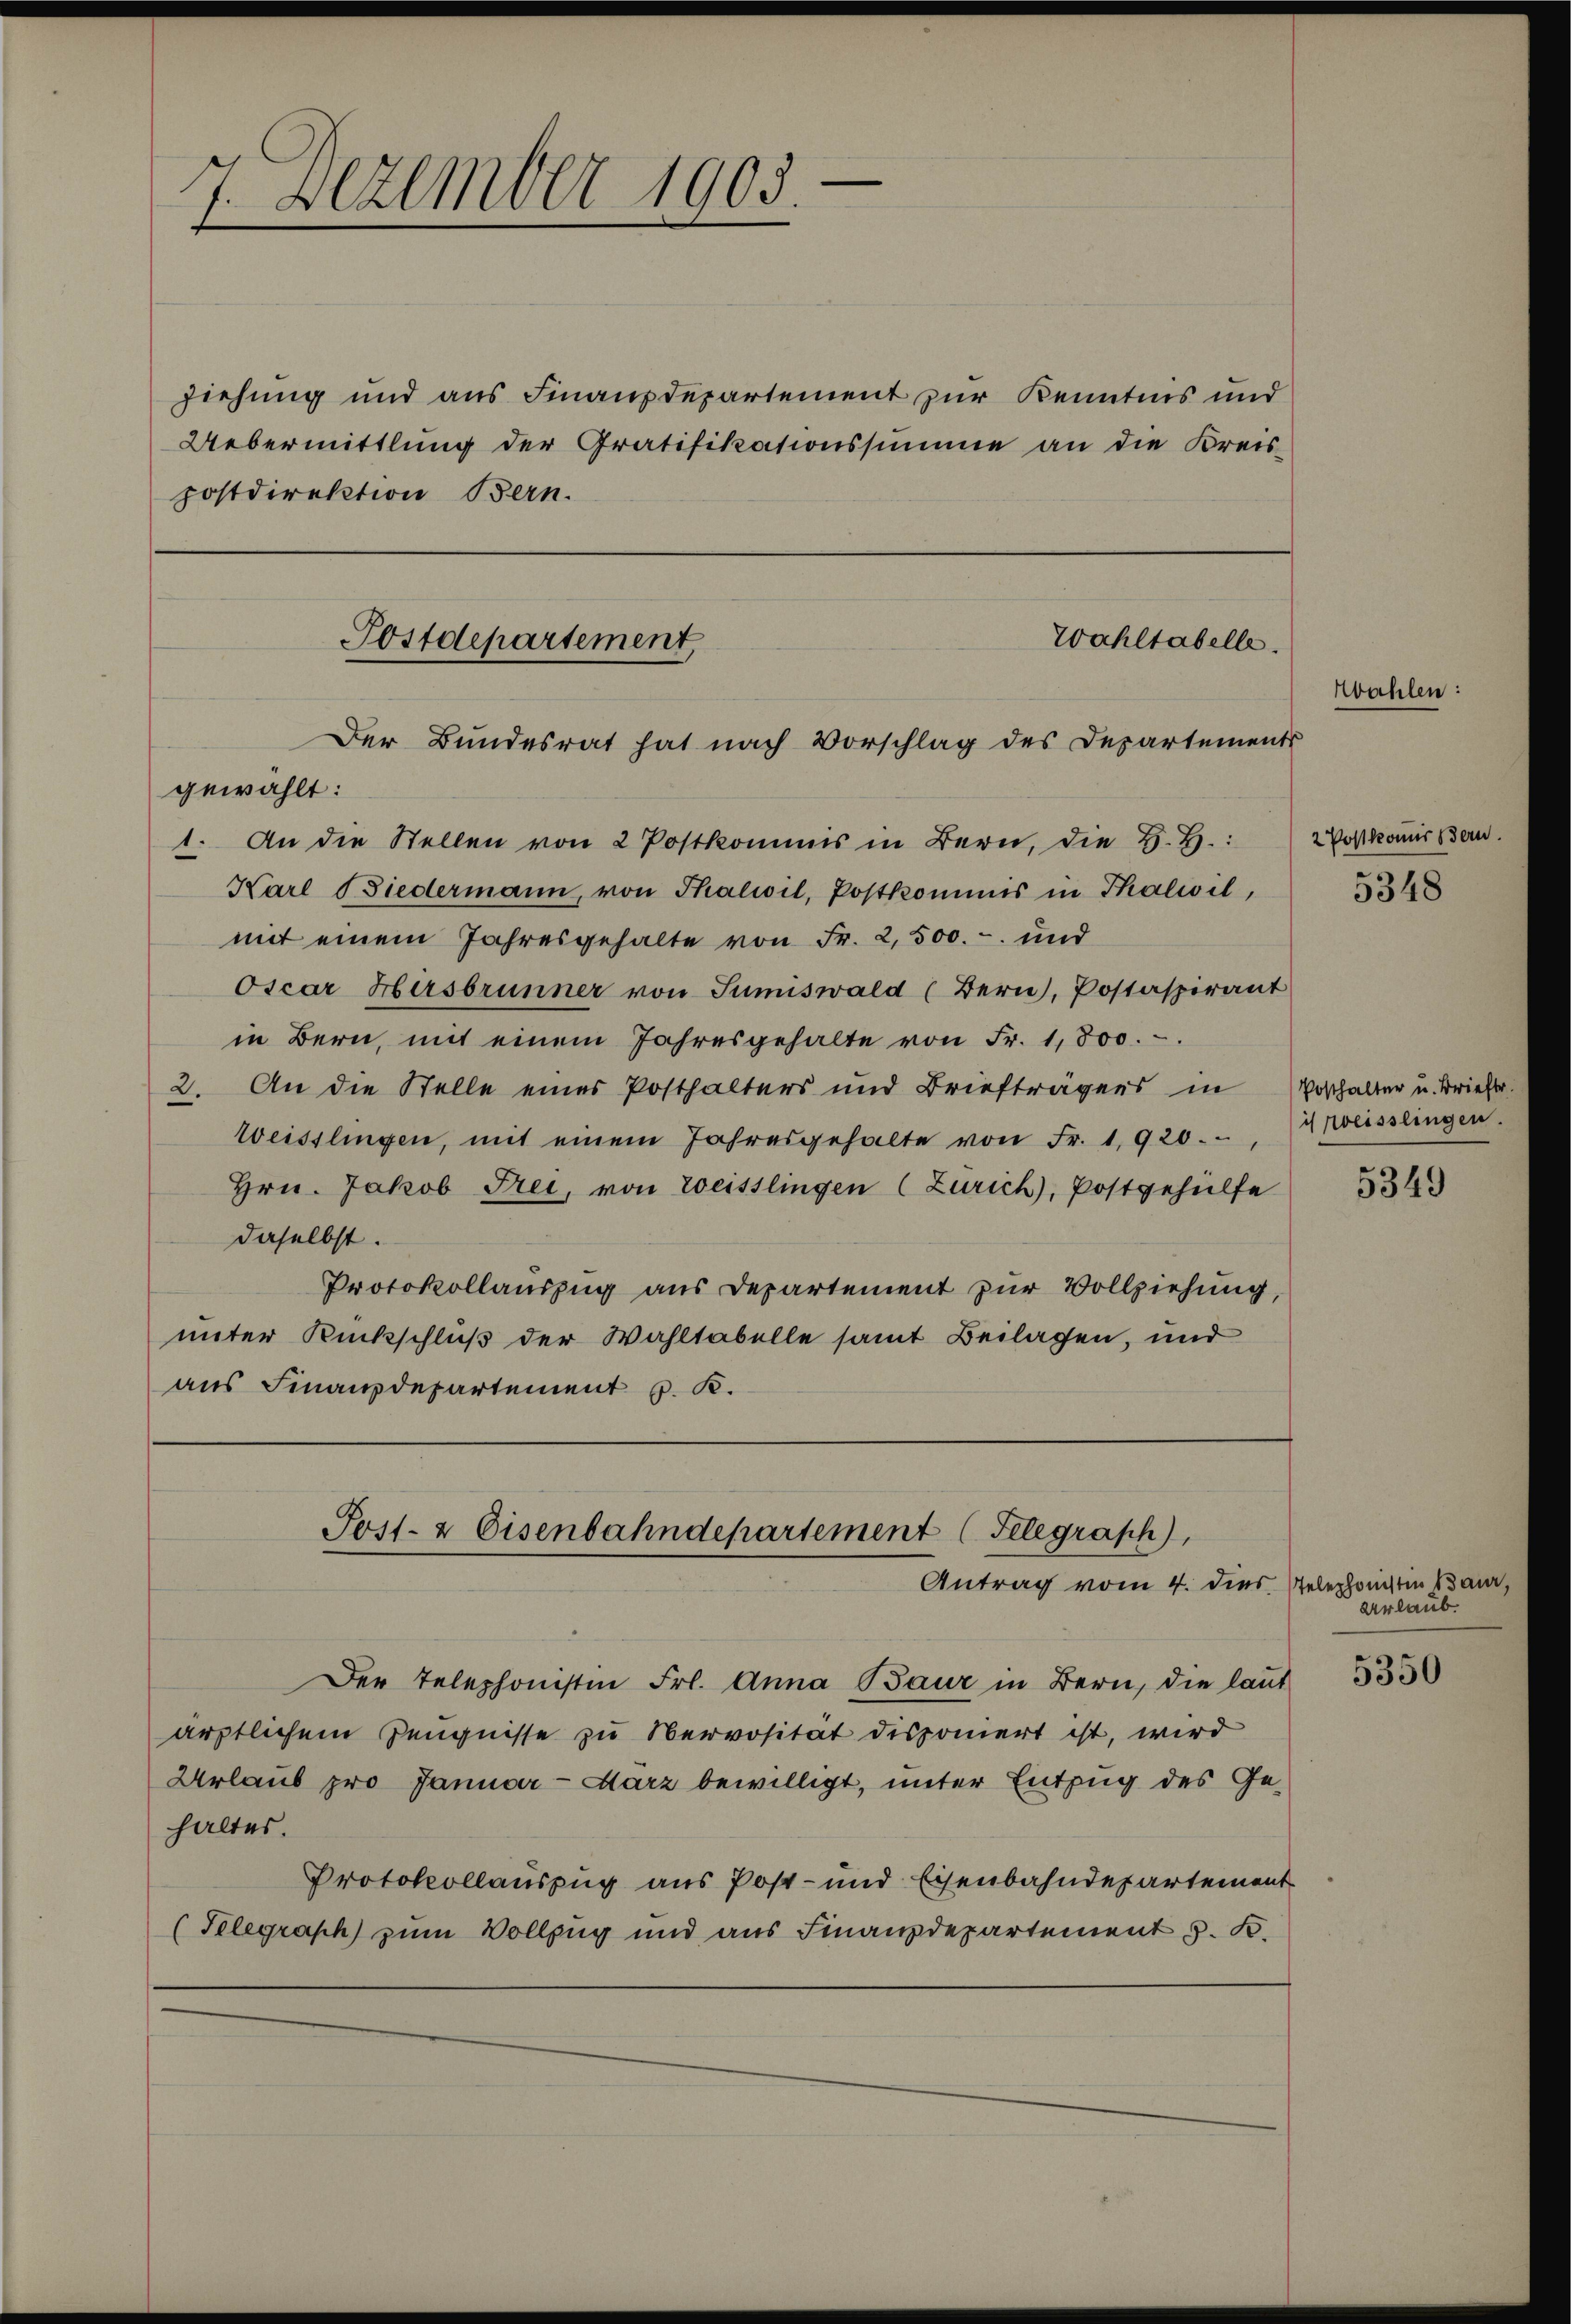
ziehung und aus Finanzdepartement zur Kenntnis und
Uebermittlung der Gratifikationssumme an die Kreis-
postdirektion Bern.

7. Dezember 1903.

Postdepartement
Der Bundesrat hat nach Vorschlag des Departements

Post- & Eisenbahndepartement (Telegraph,
Antrag vom 4. dies telephonsten Baur,

gewählt:
1. An die Stellen von 2 Postkommis in Bern, die H.H.:
Karl Siedermann, von Thalwil, Postkommis in Thalwil,
mit einem Jahresgehalte von Fr. 2,500.- und
Oscar Hirsbrunner von Sumiswald (Bern, Postaspirant
in Bern, mit einem Jahresgehalte von Fr. 1,800.
2. An die Stelle eines Posthalters und Briefträgers in
Weisslingen, mit einem Jahresgehalte von Fr. 1920.
Hrn. Jakob Frei, von Weisslingen (Zürich), Postgehülfe
daselbst.
Protokollauszug aus Departement zur Vollziehung,
unter Rückschluß der Wahltabelle samt Beilagen, und
aus Finanzdepartement v. K.

Der Telephonisten Frl. Anna Baur in Bern, die laut
ärztlichem Zeugnisse zu Servosität disponiert ist, wird
Urlaub pro Januar-Marz bewilligt, unter Entzug des Gehaltes.
Protokollauszug aus Post- und Eisenbahndepartement
(Telegraph zum Vollzug und aus Finanzdepartement 5. B.

Wahltabelle.

Wahlen

2 Postkomir Bern

5348

Posthalter u. Brieftr.
is weisslingen.

5349

Urlaub.

5350